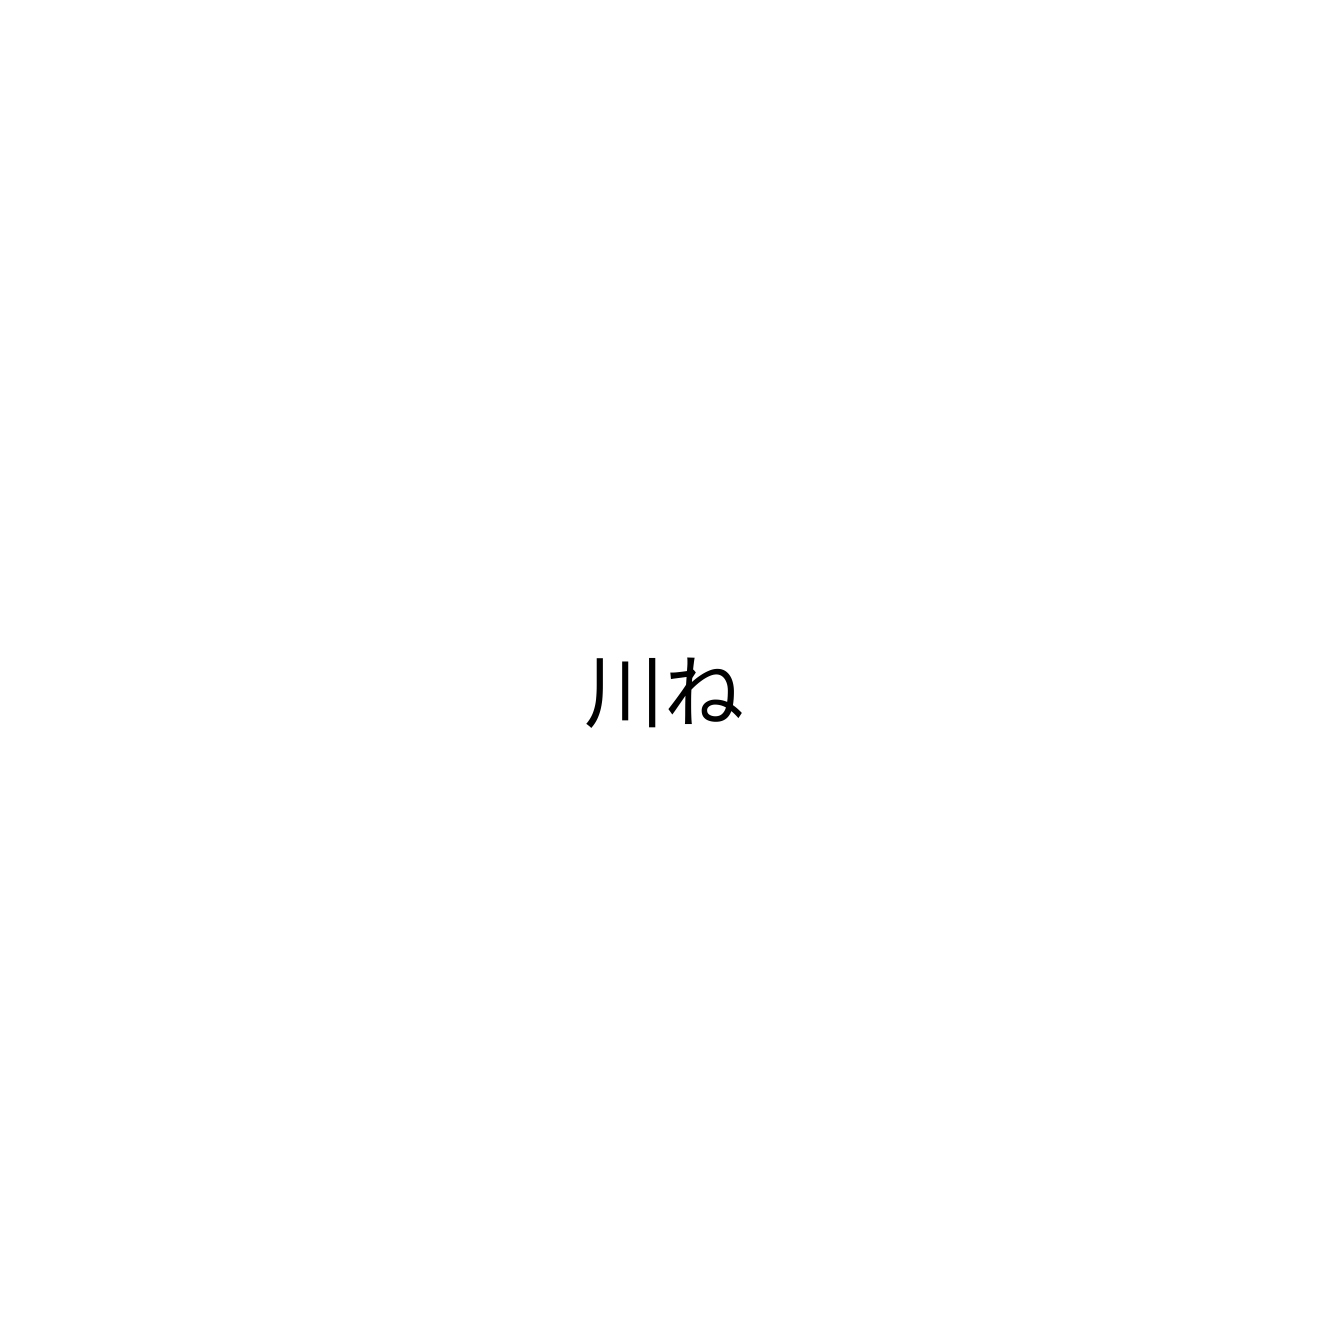
川ね